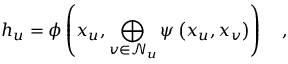
h _ { u } = \phi \left( x _ { u } , \bigoplus _ { v \in \mathcal { N } _ { u } } \psi \left( x _ { u } , x _ { v } \right) \right) \quad ,